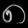
Digit: ၈